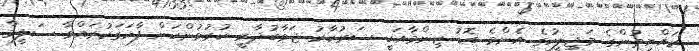
ރައްޔިތުންގެ މަޖިލީހުގެ އެންމެ ބޮޑު ޒިންމާއަކީ ސަރުކާރު ޖަވާބުދާރީ ކުރުވުންކަން ފާހަގަކުރައްވާ ސަލީމް